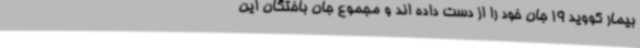
بیمار کووید 19 جان خود را از دست داده اند و مجموع جان باختگان این